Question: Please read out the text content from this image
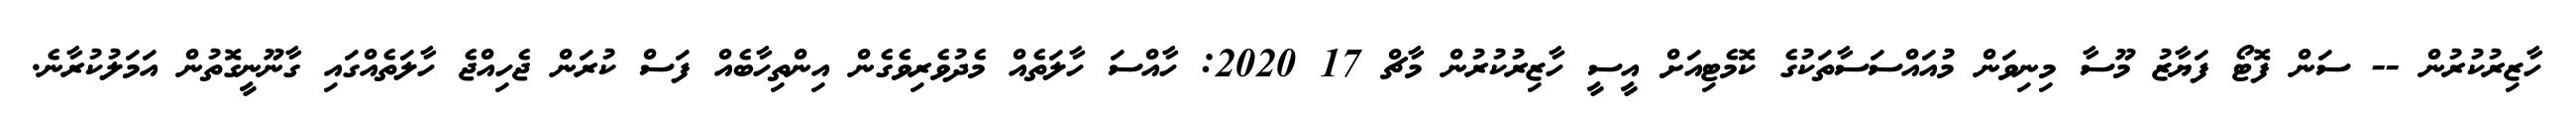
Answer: ހާޒިރުކުރުން -- ސަން ފޮޓޯ ފަޔާޒު މޫސާ މިނިވަން މުއައްސަސާތަކުގެ ކޮމެޓިއަށް އީސީ ހާޒިރުކުރުން މާޗް 17 2020: ހާއްސަ ހާލަތެއް މެދުވެރިވެގެން އިންތިހާބެއް ފަސް ކުރަން ޖެހިއްޖެ ހާލަތެއްގައި ގާނޫނީގޮތުން އަމަލުކުރާނެ.